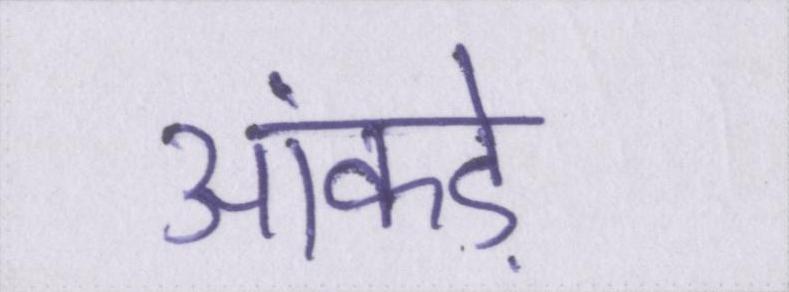
आंकड़े